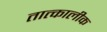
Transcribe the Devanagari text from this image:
तात्‍कालीक